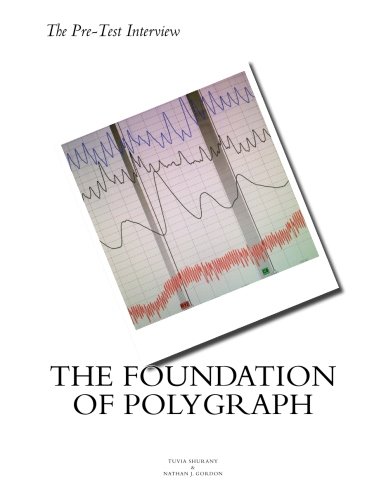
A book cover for The Pre Test Interview  The Foundation of Polygraph; Tuvia Shurany; Law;